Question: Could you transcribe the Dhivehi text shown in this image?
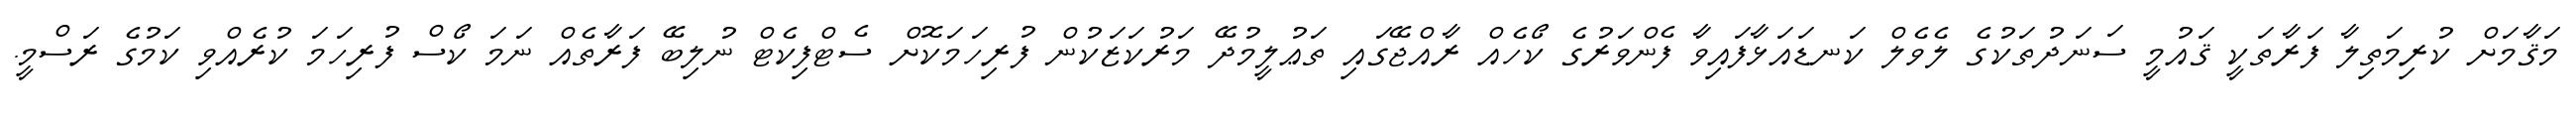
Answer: މަޤާމަށް ކުރިމަތިލާ ފަރާތަކީ ޤައުމީ ސަނަދުތަކުގެ ލެވެލް ކަނޑައަޅާފައިވާ ފެންވަރުގެ ކޯހެއް ރާއްޖޭގައި ތަޢުލީމުދޭ މަރުކަޒަކުން ފުރިހަމަކޮށް ސެޓްފިކެޓް ނުލިބޭ ފަރާތެއް ނަމަ ކޯސް ފުރިހަމަ ކުރެއްވި ކަމުގެ ރަސްމީ.